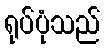
ရုပ်ပုံသည်